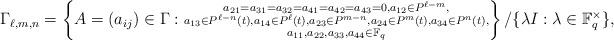
LaTeX: \begin{align*} \Gamma_{\ell,m,n}=\left\{A=(a_{ij})\in \Gamma:\substack{a_{21}=a_{31}=a_{32}=a_{41}=a_{42}=a_{43}=0, a_{12}\in P^{\ell-m},\\a_{13}\in P^{\ell-n}(t),a_{14}\in P^\ell(t),a_{23}\in P^{m-n},a_{24}\in P^m(t) ,a_{34}\in P^n(t),\\a_{11},a_{22},a_{33},a_{44}\in \mathbb{F}_q} \right\}/\{\lambda I:\lambda\in \mathbb{F}_q^\times\}, \end{align*}